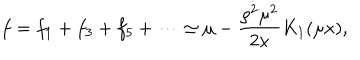
f = f _ { 1 } + f _ { 3 } + f _ { 5 } + \cdots \simeq \mu - \frac { \rho ^ { 2 } \mu ^ { 2 } } { 2 x } K _ { 1 } ( \mu x ) ,